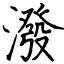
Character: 潑